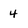
Character: 4